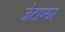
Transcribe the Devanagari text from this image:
जेटएयर